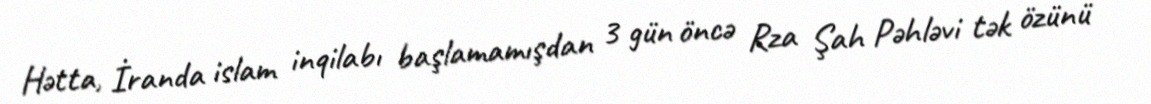
Hətta, İranda islam inqilabı başlamamışdan 3 gün öncə Rza Şah Pəhləvi tək özünü